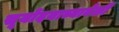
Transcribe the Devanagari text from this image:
सूर्योदयाच्यावेळी